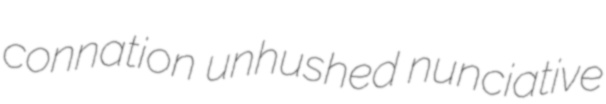
connation unhushed nunciative